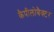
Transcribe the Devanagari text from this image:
कैपीलोबैक्टर